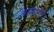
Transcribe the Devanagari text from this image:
आंब्यांचे